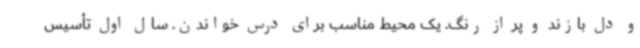
و دل بازند و پر از رنگ. یک محیط مناسب برای درس خواندن. سال اول تأسیس